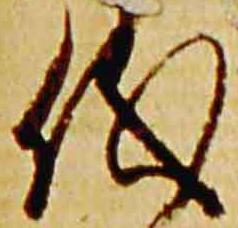
儀